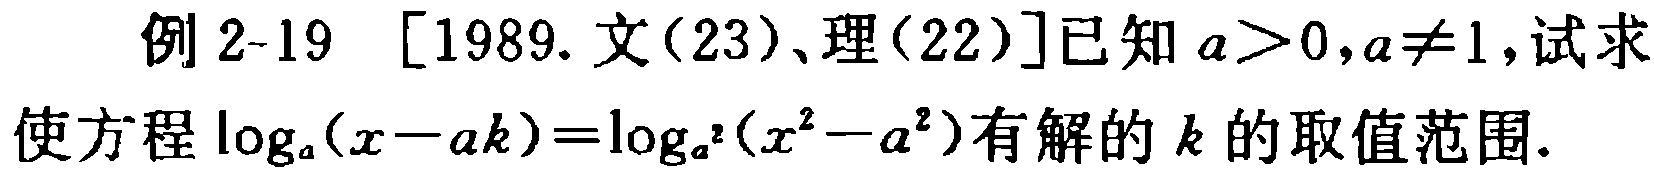
例 2-19 [1989.文(23)、理(22)]已知 \(a > 0,a\neq1\),试求使方程 \(\log_{a}(x - ak)=\log_{a^{2}}(x^{2}-a^{2})\)有解的 \(k\)的取值范围.